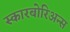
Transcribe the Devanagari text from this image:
स्कारबोरिअन्स